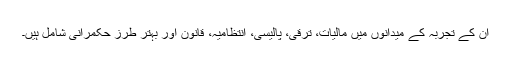
ان کے تجربہ کے میدانوں میں مالیات، ترقی، پالیسی، انتظامیہ، قانون اور بہتر طرزِ حکمرانی شامل ہیں۔